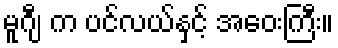
မူဂျီ က ပင်လယ်နှင့် အဝေးကြီး။